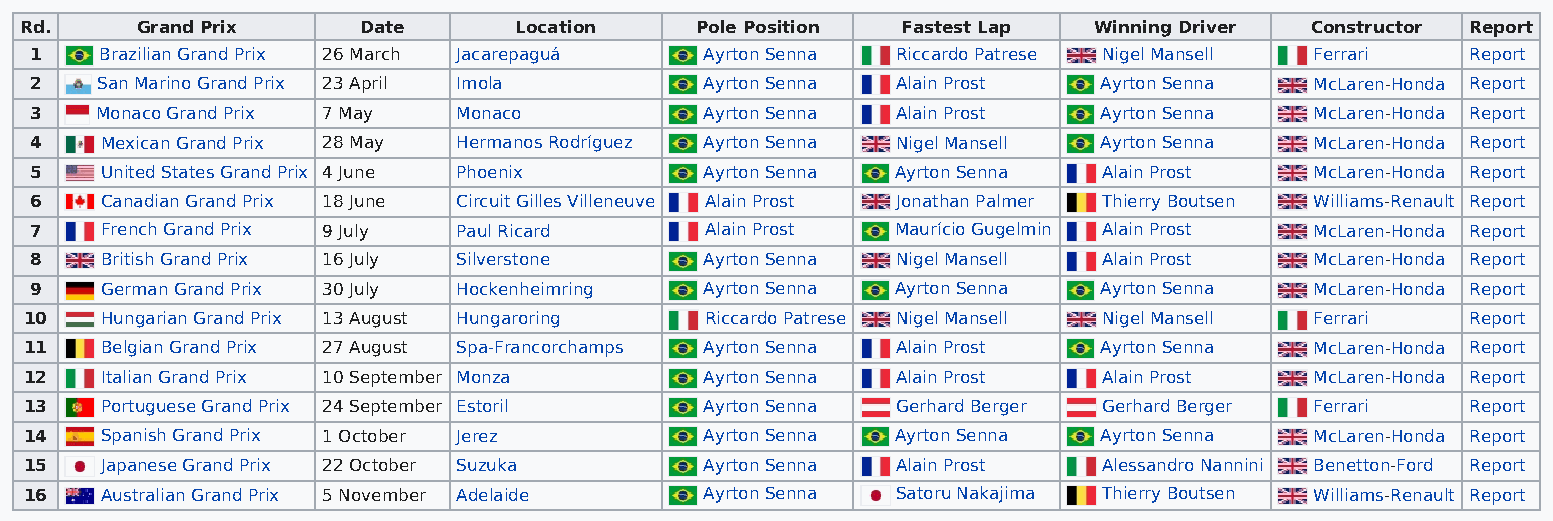
Rd.     Grand Prix     Date      Location    Pole Position Fastest Lap Winning Driver Constructor Report
 1    Brazilian Grand Prix 26 March Jacarepaguá Ayrton Senna Riccardo Patrese Nigel Mansell Ferrari Report
 2   San Marino Grand Prix 23 April Imola     Ayrton Senna Alain Prost  Ayrton Senna  McLaren-Honda Report
 3   Monaco Grand Prix 7 May Monaco           Ayrton Senna Alain Prost  Ayrton Senna  McLaren-Honda Report
 4    Mexican Grand Prix 28 May Hermanos Rodríguez Ayrton Senna Nigel Mansell Ayrton Senna McLaren-Honda Report
 5    United States Grand Prix 4 June Phoenix Ayrton Senna Ayrton Senna Alain Prost   McLaren-Honda Report
 6    Canadian Grand Prix 18 June Circuit Gilles Villeneuve Alain Prost Jonathan Palmer Thierry Boutsen Williams-Renault Report
 7    French Grand Prix 9 July Paul Ricard    Alain Prost Maurício Gugelmin Alain Prost McLaren-Honda Report
 8    British Grand Prix 16 July Silverstone  Ayrton Senna Nigel Mansell Alain Prost  McLaren-Honda Report
 9    German Grand Prix 30 July Hockenheimring Ayrton Senna Ayrton Senna Ayrton Senna McLaren-Honda Report
 10   Hungarian Grand Prix 13 August Hungaroring Riccardo Patrese Nigel Mansell Nigel Mansell Ferrari Report
 11   Belgian Grand Prix 27 August Spa-Francorchamps Ayrton Senna Alain Prost Ayrton Senna McLaren-Honda Report
 12   Italian Grand Prix 10 September Monza   Ayrton Senna Alain Prost  Alain Prost   McLaren-Honda Report
 13   Portuguese Grand Prix 24 September Estoril Ayrton Senna Gerhard Berger Gerhard Berger Ferrari Report
 14   Spanish Grand Prix 1 October Jerez      Ayrton Senna Ayrton Senna Ayrton Senna  McLaren-Honda Report
 15   Japanese Grand Prix 22 October Suzuka   Ayrton Senna Alain Prost  Alessandro Nannini Benetton-Ford Report
 16   Australian Grand Prix 5 November Adelaide Ayrton Senna Satoru Nakajima Thierry Boutsen Williams-Renault Report